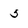
Character: 5